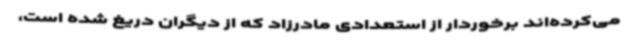
می‌کرده‌اند برخوردار از استعدادی مادرزاد که از دیگران دریغ شده است،